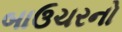
બાઉચરનો